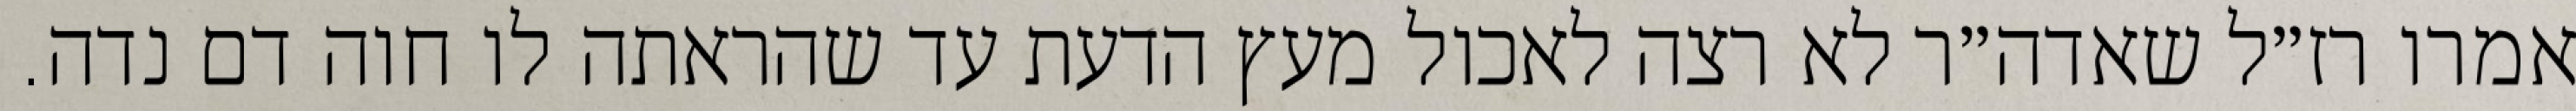
אמרו רז״ל שאדה״ר לא רצה לאכול מעץ הדעת עד שהראתה לו חוה דם נדה.